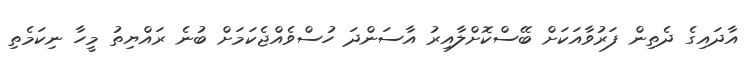
އާދައިގެ ދެތިން ފަރުވާއަކަށް ބޭސްކޮށްލާއިރު އާސަންދަ ހުސްވެއްޖެކަމަށް ބުނެ ރައްޔިތު މީހާ ނިކަމެތި